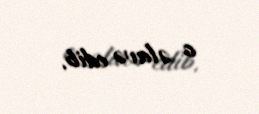
o əlavə edib.